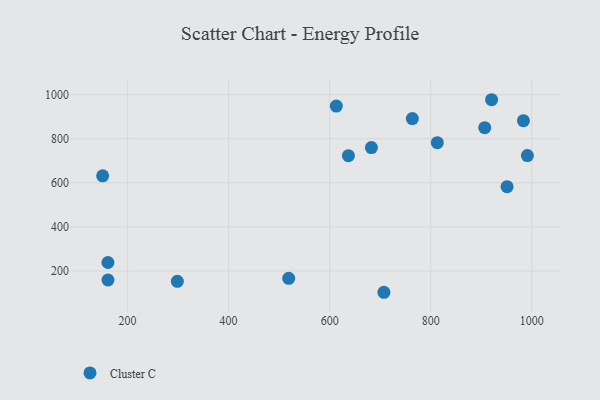
{"axis": {"x": "Ad Spend", "y": "Profit"}, "legend": ["Cluster C"], "data": [{"x": "813.1", "y": 781.9, "type": "Cluster C"}, {"x": "951.2", "y": 582.3, "type": "Cluster C"}, {"x": "161.1", "y": 238.4, "type": "Cluster C"}, {"x": "161.2", "y": 159.0, "type": "Cluster C"}, {"x": "150.6", "y": 631.7, "type": "Cluster C"}, {"x": "707.4", "y": 103.3, "type": "Cluster C"}, {"x": "983.6", "y": 881.8, "type": "Cluster C"}, {"x": "682.7", "y": 759.8, "type": "Cluster C"}, {"x": "613.2", "y": 948.4, "type": "Cluster C"}, {"x": "637.1", "y": 723.3, "type": "Cluster C"}, {"x": "920.6", "y": 977.0, "type": "Cluster C"}, {"x": "763.7", "y": 891.6, "type": "Cluster C"}, {"x": "907.0", "y": 850.4, "type": "Cluster C"}, {"x": "298.5", "y": 153.2, "type": "Cluster C"}, {"x": "991.4", "y": 723.6, "type": "Cluster C"}, {"x": "518.9", "y": 166.5, "type": "Cluster C"}]}